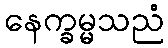
နေက္ခမ္မသညံ